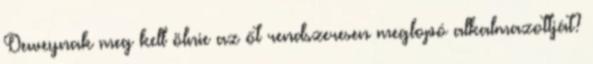
Deweynak meg kell ölnie az őt rendszeresen meglopó alkalmazottját?